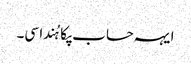
ایہہ حساب پکا ہُندا سی۔